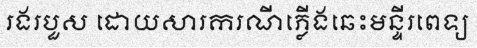
រងរបួស ដោយសារករណីភ្លើងឆេះមន្ទីរពេទ្យ